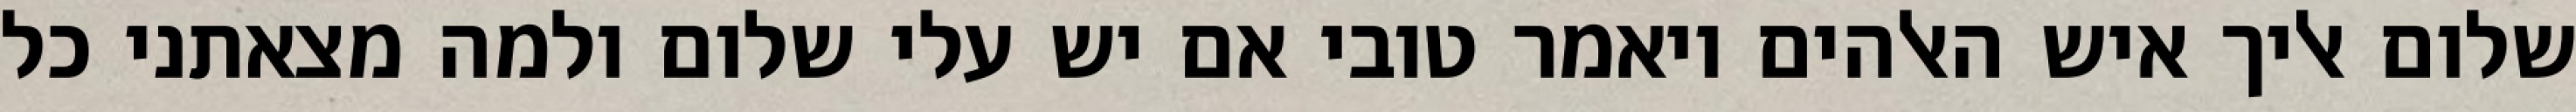
שלום אליך איש האלהים ויאמר טובי אם יש עלי שלום ולמה מצאתני כל